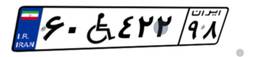
۶۰W۴۲۲۹۸